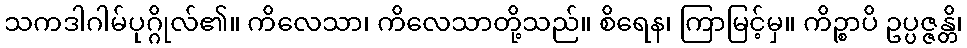
သကဒါဂါမ်ပုဂ္ဂိုလ်၏။ ကိလေသာ၊ ကိလေသာတို့သည်။ စိရေန၊ ကြာမြင့်မှ။ ကိဉ္စာပိ ဥပ္ပဇ္ဇန္တိ၊